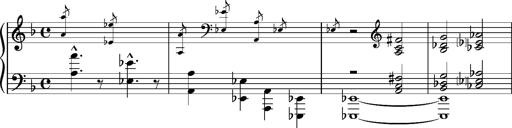
Title: Dante fragment, S.701e
Composer: Franz Liszt
Key: D minor